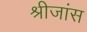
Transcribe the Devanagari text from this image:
श्रीजांस